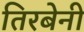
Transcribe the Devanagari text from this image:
तिरबेनी